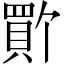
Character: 𫎚